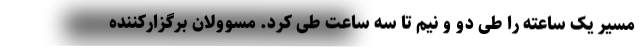
مسیر یک ساعته را طی دو و نیم تا سه ساعت طی کرد. مسوولان برگزارکننده